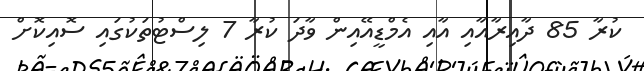
ކުރާ 85 ދާއިރާއާއި އާއި އެމްޑީއޭއިން ވާދަ ކުރާ 7 ލިސްޓުތަކުގައި ސޮއިކޮށް